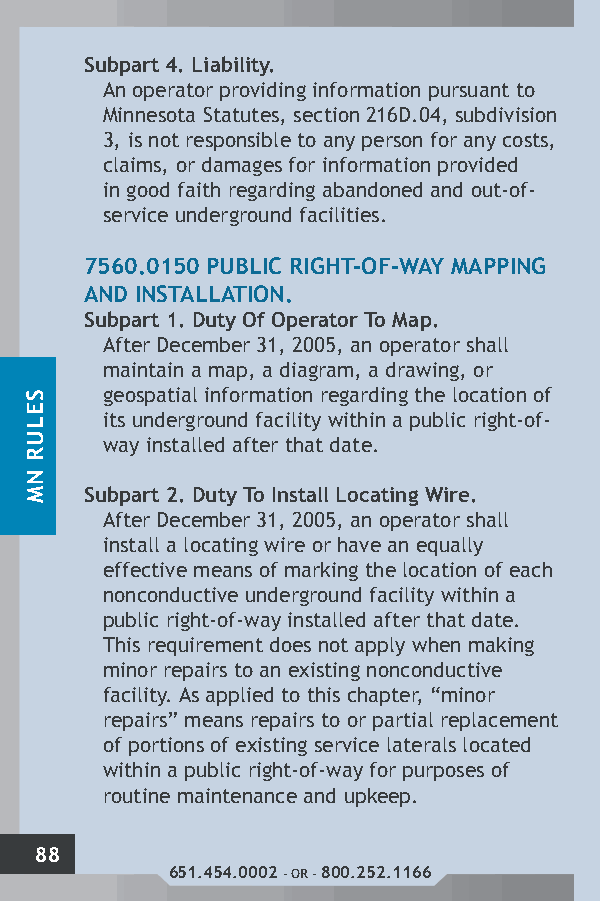
Subpart 4. Liability.
 An operator providing information pursuant to
 Minnesota Statutes, section 216D.04, subdivision
 3, is not responsible to any person for any costs,
 claims, or damages for information provided
 in good faith regarding abandoned and out-of-
 service underground facilities.
 7560.0150 PUBLIC RIGHT-OF-WAY MAPPING
 AND INSTALLATION.
 Subpart 1. Duty Of Operator To Map.
 After December 31, 2005, an operator shall
 maintain a map, a diagram, a drawing, or
 geospatial information regarding the location of
 its underground facility within a public right-of-
 way installed after that date.
 Subpart 2. Duty To Install Locating Wire.
 After December 31, 2005, an operator shall
 install a locating wire or have an equally
 effective means of marking the location of each
 nonconductive underground facility within a
 public right-of-way installed after that date.
 This requirement does not apply when making
 minor repairs to an existing nonconductive
 facility. As applied to this chapter, “minor
 repairs” means repairs to or partial replacement
 of portions of existing service laterals located
 within a public right-of-way for purposes of
 routine maintenance and upkeep.
 88
 651.454.0002 - OR - 800.252.1166
 SELUR
 NM